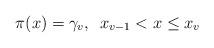
LaTeX: \begin{align*}\pi(x) = \gamma_v, \,\,\, x_{v-1} < x \leq x_v\end{align*}